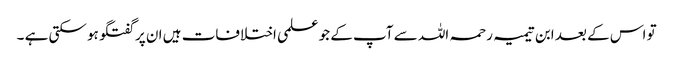
تو اس کے بعد ابن تیمیہ رحمہ اللہ سے آپ کے جو علمی اختلافات ہیں ان پر گفتگو ہو سکتی ہے ۔